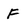
Character: F